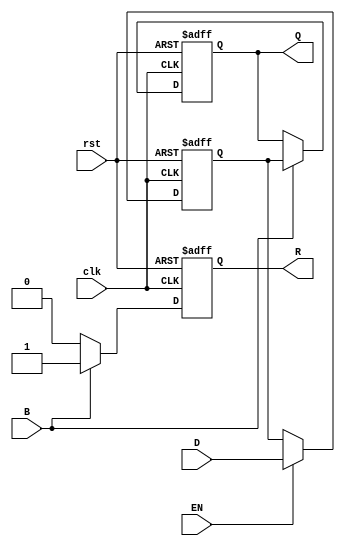
module BarrierRegister #(
    parameter N = 4  // Number of data inputs/outputs
)(
    input wire clk,              // Clock signal
    input wire rst,              // Asynchronous reset signal
    input wire [N-1:0] D,        // Data inputs
    input wire EN,               // Enable signal
    input wire B,                // Barrier signal
    output reg [N-1:0] Q,        // Data outputs
    output reg R                 // Ready signal
);

    reg [N-1:0] data_latch;      // Internal latch for data storage
    reg barrier_met;             // Internal signal for barrier condition

    // Asynchronous reset and data capturing logic
    always @(posedge clk or posedge rst) begin
        if (rst) begin
            Q <= 0;               // Clear outputs on reset
            data_latch <= 0;      // Clear internal latch on reset
            R <= 0;               // Clear ready signal
            barrier_met <= 0;     // Reset barrier condition
        end else begin
            if (EN) begin
                data_latch <= D;   // Latch data if enabled
            end
            // Check barrier condition
            if (B) begin
                barrier_met <= 1;   // Set barrier met when B is high
                Q <= data_latch;    // Release stored data to outputs
                R <= 1;             // Assert ready signal
            end else begin
                barrier_met <= 0;    // Reset barrier condition if B is low
                R <= 0;              // Deassert ready signal
            end
        end
    end

endmodule